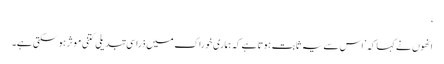
‘
انھوں نے کہا کہ ’اس سے یہ ثابت ہوتا ہے کہ ہماری خوراک میں ذرا سی تبدیلی کتنی موثر ہوسکتی ہے۔